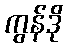
ကွန်ဒို